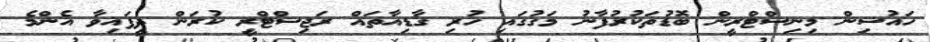
ހައުސިން މިނިސްޓްރީން ބޮޑުތަކުރުފާނު މަގުގައި ހުރި ގާޑިއާތައް ރަޖިސްޓްރީ ކުރަން ދީފައިވާ އެންމެ